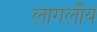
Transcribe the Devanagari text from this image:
लागलीय